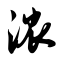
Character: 浓